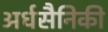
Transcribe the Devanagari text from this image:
अर्धसैनिकी